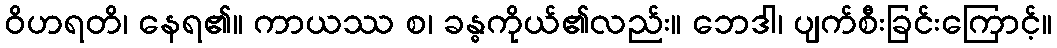
ဝိဟရတိ၊ နေရ၏။ ကာယဿ စ၊ ခန္ဓကိုယ်၏လည်း။ ဘေဒါ၊ ပျက်စီးခြင်းကြောင့်။